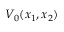
V _ { 0 } ( x _ { 1 } , x _ { 2 } )